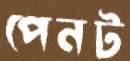
পেনট